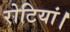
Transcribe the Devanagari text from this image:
रोटियां।